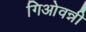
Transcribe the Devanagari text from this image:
गिओवन्नी